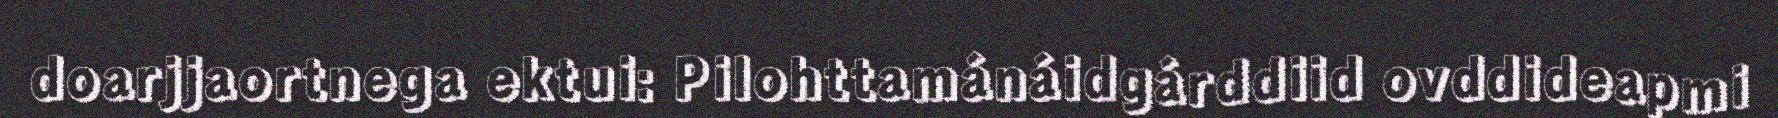
doarjjaortnega ektui: Pilohttamánáidgárddiid ovddideapmi